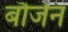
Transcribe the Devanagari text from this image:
बौजेन